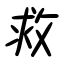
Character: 救